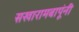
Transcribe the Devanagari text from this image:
सखारामबापूंनी